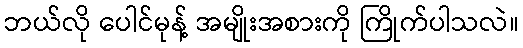
ဘယ်လို ပေါင်မုန့် အမျိုးအစားကို ကြိုက်ပါသလဲ။